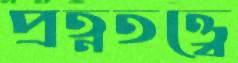
প্রত্নতত্ত্বে